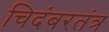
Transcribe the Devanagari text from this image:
चिदंबरतंत्र